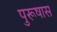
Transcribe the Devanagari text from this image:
पुरूषास